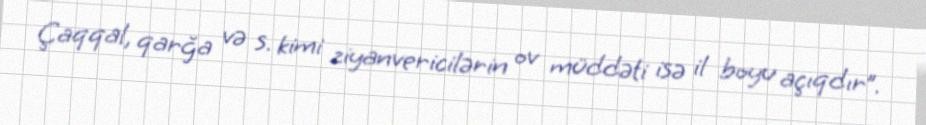
Çaqqal, qarğa və s. kimi ziyanvericilərin ov müddəti isə il boyu açıqdır”.